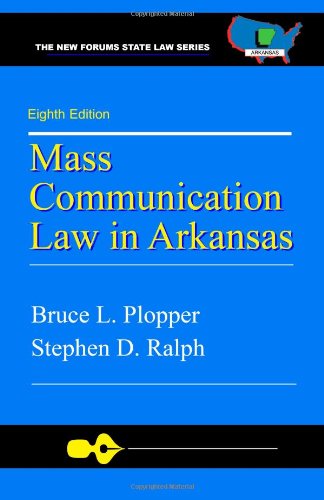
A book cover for Mass Communication Law in Arkansas, 8th Edition; Bruce L. Plopper Ph.D.; Law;